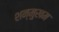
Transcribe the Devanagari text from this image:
शन्मुखम